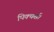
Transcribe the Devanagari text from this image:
पिक्चर्स।